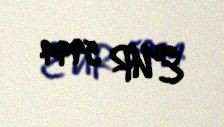
EUR 5994